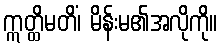
ဣတ္ထိမတိံ၊ မိန်းမ၏အလိုကို။